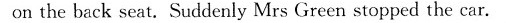
on the back seat. Suddenly Mrs Green stopped the car.